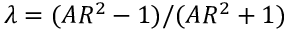
\lambda = ( A R ^ { 2 } - 1 ) / ( A R ^ { 2 } + 1 )